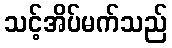
သင့်အိပ်မက်သည်